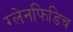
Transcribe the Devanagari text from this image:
ग्लेनफिडिच